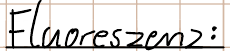
Fluoreszenz: